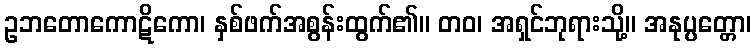
ဥဘတောကောဋိကော၊ နှစ်ဖက်အစွန်းထွက်၏။ တဝ၊ အရှင်ဘုရားသို့။ အနုပ္ပတ္တော၊